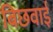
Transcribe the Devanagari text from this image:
बिछवाई